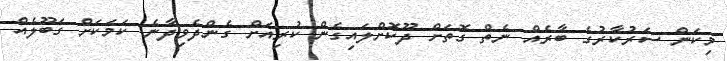
މިކަން ސަރުކާރުގެ ބާރެއް ނެތް ގޮތަށް ދޫކޮށްލައިގެން ކުރިއަށް ގެންދެވިދާނެ ކަމަކަށް ގަބޫލެއް